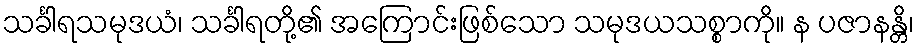
သင်္ခါရသမုဒယံ၊ သင်္ခါရတို့၏ အကြောင်းဖြစ်သော သမုဒယသစ္စာကို။ န ပဇာနန္တိ၊